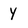
Character: y